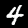
Digit: 4